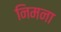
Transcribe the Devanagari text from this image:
निमना